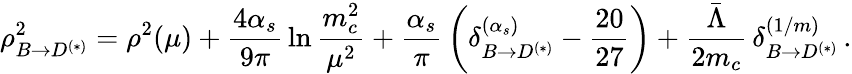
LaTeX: \rho_{B\to D^{(*)}}^{2}=\rho^{2}(\mu)+{\frac{4\alpha_{s}}{9\pi}}\ln{\frac{m_{c}^{2}}{\mu^{2}}}+{\frac{\alpha_{s}}{\pi}}\, \bigg(\delta_{B\to D^{(*)}}^{(\alpha_{s})}-{\frac{20}{27}}\bigg)+{\frac{\bar{\Lambda}}{2m_{c}}}\, \delta_{B\to D^{(*)}}^{(1/m)}\, .